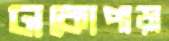
ঢাকোপাড়া